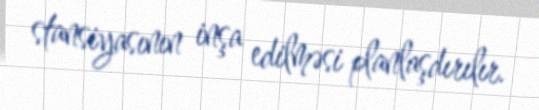
stansiyasının inşa edilməsi planlaşdırılır.